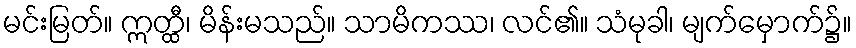
မင်းမြတ်။ ဣတ္ထီ၊ မိန်းမသည်။ သာမိကဿ၊ လင်၏။ သံမုခါ၊ မျက်မှောက်၌။